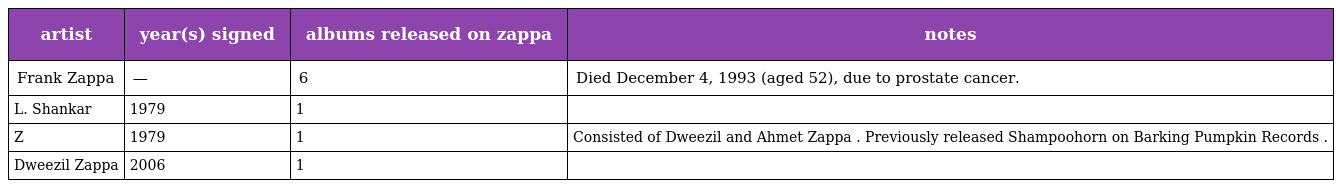
| artist | year(s) signed | albums released on zappa | notes |
 | --- | --- | --- | --- |
 | Frank Zappa | — | 6 | Died December 4, 1993 (aged 52), due to prostate cancer. |
 | L. Shankar | 1979 | 1 |  |
 | Z | 1979 | 1 | Consisted of Dweezil and Ahmet Zappa . Previously released Shampoohorn on Barking Pumpkin Records . |
 | Dweezil Zappa | 2006 | 1 |  |